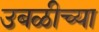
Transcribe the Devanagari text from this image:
उबळीच्या